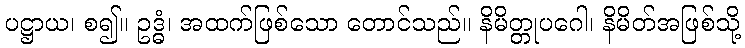
ပဋ္ဌာယ၊ စ၍။ ဥဒ္ဓံ၊ အထက်ဖြစ်သော တောင်သည်။ နိမိတ္တုပဂေါ၊ နိမိတ်အဖြစ်သို့